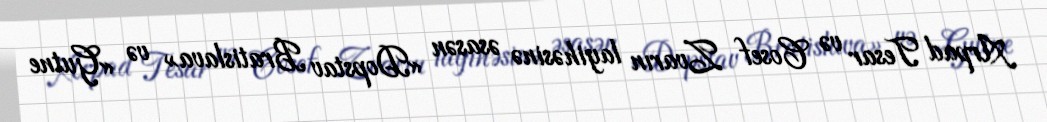
Arpad Tesar və Cosef Zvarın layihəsinə əsasən «Dopstav Bratislava» və «Gutne